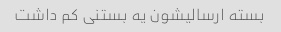
بسته ارسالیشون یه بستنی کم داشت